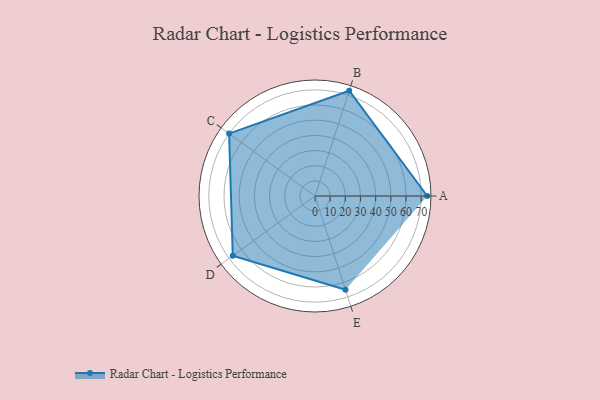
{"axis": {"x": "Skill", "y": "Score"}, "legend": ["Profile"], "data": [{"x": "A", "y": 74.0, "type": "Profile"}, {"x": "B", "y": 73.0, "type": "Profile"}, {"x": "C", "y": 70.0, "type": "Profile"}, {"x": "D", "y": 67.0, "type": "Profile"}, {"x": "E", "y": 65.0, "type": "Profile"}]}